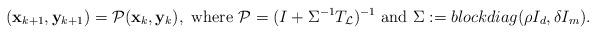
LaTeX: \begin{align*} (\mathbf{x}_{k+1}, \mathbf{y}_{k+1})=\mathcal{P}(\mathbf{x}_{k}, \mathbf{y}_{k}), \hbox{ where } \mathcal{P} = (I + \Sigma^{-1} T_{\mathcal{L}})^{-1} \hbox{ and } \Sigma:= blockdiag(\rho I_d , \delta I_m).\end{align*}